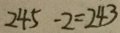
2 4 5 - 2 = 2 4 3